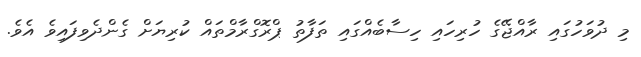
މި ދުވަހުގައި ރާއްޖޭގެ ހުރިހައި ހިސާބެއްގައި ތަފާތު ޕްރޮގްރާމްތައް ކުރިޔަށް ގެންދެވިފައިވެ އެވެ.